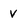
Character: v